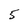
Character: 5